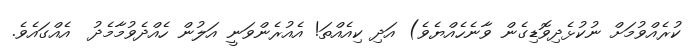
ކުރެއްވުމަށް ނުކުޅެދިވޮޑިގެން ވާނެހެއްޔެވެ) އަދި ކިއެއްތަ! އެއުރެންވަނީ އަލުން ހެއްދެވުމާމެދު  އެއްގައެވެ.